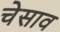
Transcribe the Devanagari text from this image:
चेसाव